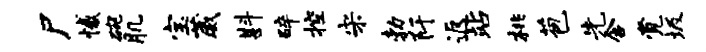
尸憾碗肌宝葳斟碎控宋勃阡返站桃苞先含觉圾